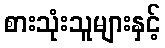
စားသုံးသူများနှင့်